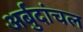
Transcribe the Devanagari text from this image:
अर्बुदांचल